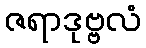
ဇရာဒုဗ္ဗလံ